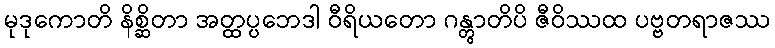
မုဒုကောတိ နိစ္ဆိတာ အတ္ထပ္ပဘေဒါ ဝီရိယတော ဂန္တွာတိပိ ဇီဝိဿထ ပဗ္ဗတရာဇဿ